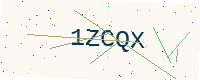
Text: 1ZCQX